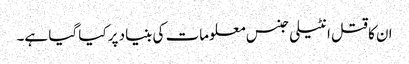
ان کا قتل انٹیلی جنس معلومات کی بنیاد پر کیا گیا ہے۔